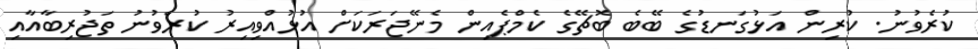
ކުރެވުނު. ކުރިން އަޅުގަނޑުގެ ބޭބެ ބޮޗޭގެ ކެމްޕެއިން މެނޭޖަރަކަށް އުޅުއްވިއިރު ކުރެވުނު ތަޖުރިބާއާއި